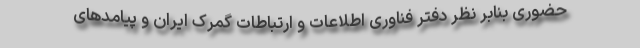
حضوری بنابر نظر دفتر فناوری اطلاعات و ارتباطات گمرک ایران و پیامدهای